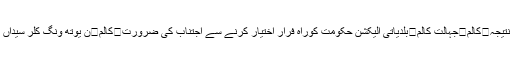
کالم	نوبیاہتا جوڑا کی موت ‘محکمانہ غفلت اور معاشرتی بے حسی کا نتیجہ	کالم	جہالت کالم	بلدیاتی الیکشن حکومت کوراہِ فرار اختیار کرنے سے اجتناب کی ضرورت	کالم	ن یوتھ ونگ کلر سیداں کا قیام /چوہدری اشفاق	کالم	اسرائیل کی جیلوں میں قید فلسطینی بچے!